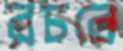
রচবে